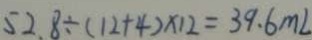
5 2 . 8 \div ( 1 2 + 4 ) \times 1 2 = 3 9 . 6 m L